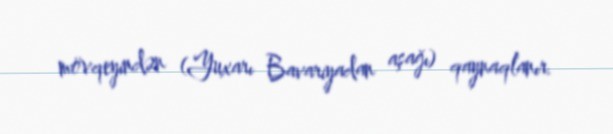
mövqeyindən (Yuxarı Bavariyadan aşağı) qaynaqlanır.